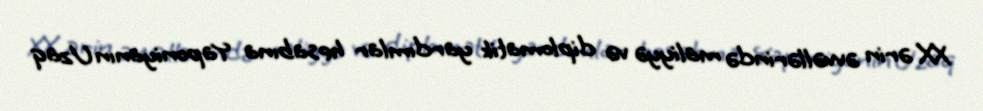
XX ərin əvvəllərində maliyyə və diplomatik yardımlar hesabına Yaponiyanın Uzaq